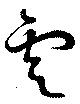
雲